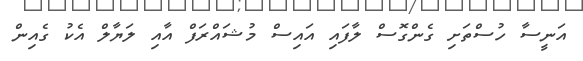
އަނީސާ ހުސްތަށި ގެންގޮސް ލާފައި އައިސް މުޝައްރަފް އާއި ލަޔާލް އެކު ގެއިން